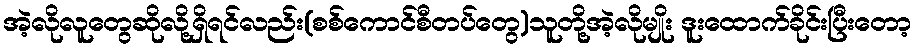
အဲ့လိုလူတွေဆိုလို့ရှိရင်လည်း(စစ်ကောင်စီတပ်တွေ)သူတို့အဲ့လိုမျိုး ဒူးထောက်ခိုင်းပြီးတော့